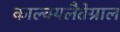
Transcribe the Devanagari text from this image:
काल्क्यलैतेग्राल